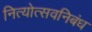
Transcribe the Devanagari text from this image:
नित्योत्सवनिबंध